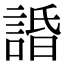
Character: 諙